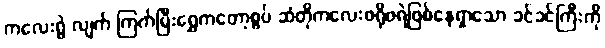
ကလေးရွဲ လျက် ကြက်မြီးရွှေကတော့စွပ် ဆံတိုကလေးဖရိုဖရဲဖြစ်နေရှာသော ခင်ခင်ကြီးကို